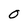
Character: O